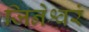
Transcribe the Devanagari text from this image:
जिनेश्वरं